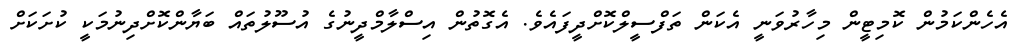
އެހެންކަމުން ކޮމިޓީން މިހާރުވަނީ އެކަން ތަފްސީލްކޮށްދީފައެވެ. އެގޮތުން އިސްލާމްދީނުގެ އުސޫލުތައް ބަޔާންކޮށްދިނުމަކީ ކުށަކަށް